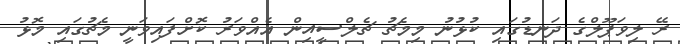
ރޭ ލިވަޕޫލްގެ ދަނޑުގައި ކުޅުނު މިމެޗު ޗެލްސީއިން އެއްވަރު ކޮށްފައިވަނީ މެޗުގައި މޮޅު